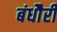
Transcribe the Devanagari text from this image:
बंधौैरी